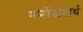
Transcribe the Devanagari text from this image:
मनोंजनार्थ